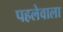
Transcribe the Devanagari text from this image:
पहलेवाला